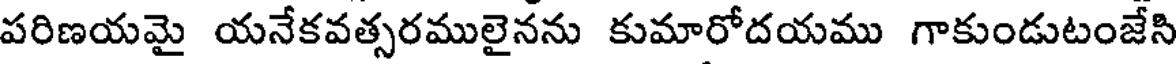
పరిణయమై యనేకవత్సరములైనను కుమారోదయము గాకుండుటంజేసి